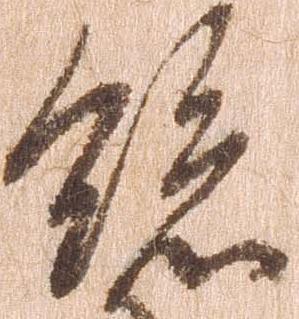
総